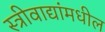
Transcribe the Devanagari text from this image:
स्त्रीवाद्यांमधील